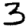
Digit: 3